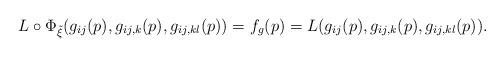
LaTeX: \begin{align*}L \circ \Phi_{\tilde{\xi}}(g_{ij}(p),g_{ij,k}(p),g_{ij,kl}(p))=f_g(p)=L(g_{ij}(p),g_{ij,k}(p),g_{ij,kl}(p)).\end{align*}